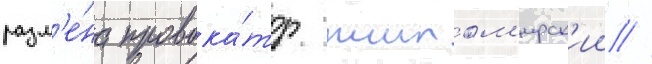
разм'е́на провока́тор житом'ирск'ии //